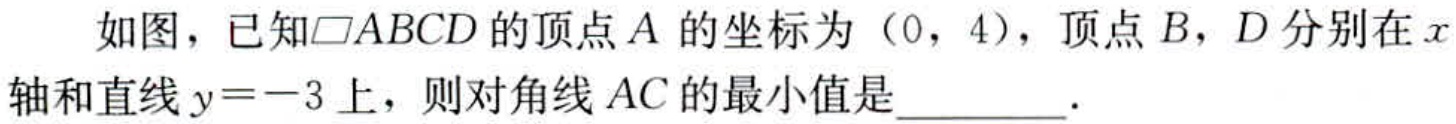
如图，已知$\square ABCD$的顶点$A$的坐标为（0，4），顶点$B，D$分别在$x$轴和直线$y = - 3$上，则对角线$AC$的最小值是  ．